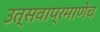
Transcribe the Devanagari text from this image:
उत्सवाप्रमाणेच